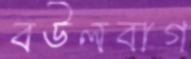
বউলবাগ